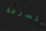
للسرعة